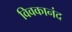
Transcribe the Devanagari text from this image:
विवकानंद